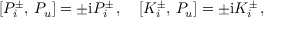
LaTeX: { } [ P _ { i } ^ { \pm } , \, P _ { u } ] = \pm \mathrm { i } P _ { i } ^ { \pm } \, , \quad { } [ K _ { i } ^ { \pm } , \, P _ { u } ] = \pm \mathrm { i } K _ { i } ^ { \pm } \, ,